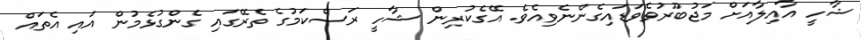
ޝާހީ އާއިލާއަށް މަޖުބޫރުވެވަޑައިގެންނެވިއެވެ. އޭގެކުރިން ޝާހީ ރަސްކަމުގެ ތެރޭގައި ގެންގުޅެމުން އައި އެތައް